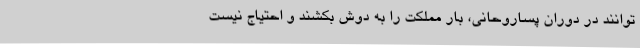
توانند در دوران پساروحانی، بار مملکت را به دوش بکشند و احتیاج نیست